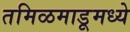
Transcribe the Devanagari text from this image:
तमिळमाडूमध्ये